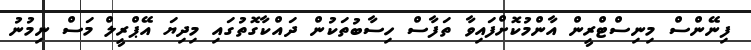
ފިނޭންސް މިނިސްޓްރީން އާންމުކޮށްފައިވާ ތަފާސް ހިސާބުތަކުން ދައްކާގޮތުގައި މިދިޔަ އޭޕްރީލް މަސް ނިމުނު